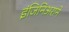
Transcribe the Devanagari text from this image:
इंजिनिअराने